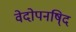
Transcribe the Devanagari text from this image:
वेदोपनषि्द